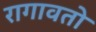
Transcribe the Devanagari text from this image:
रागावतो